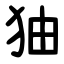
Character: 㹨